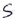
Text: S